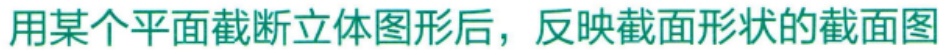
用某个平面截断立体图形后，反映截面形状的截面图